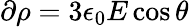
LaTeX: \partial\rho=3\epsilon_{0}E\cos\theta